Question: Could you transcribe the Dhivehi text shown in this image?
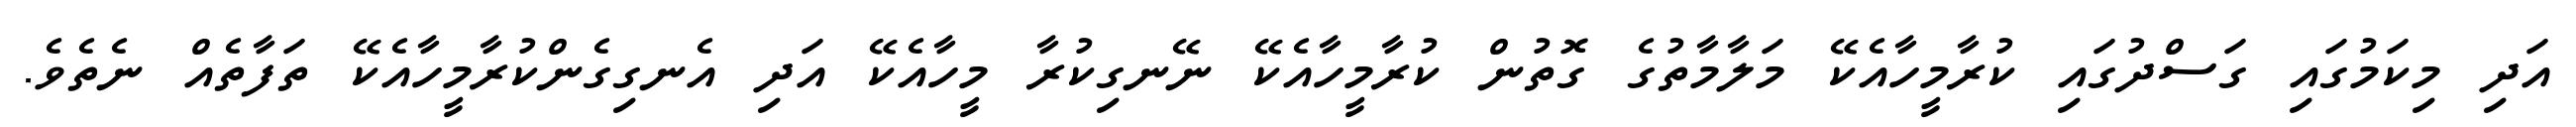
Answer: އަދި މިކަމުގައި ގަސްދުގައި ކުރާމީހާއެކޭ މަލާމާތުގެ ގޮތުން ކުރާމީހާއެކޭ ނޭނގިކުރާ މީހާއެކޭ އަދި އެނގިގެންކުރާމީހާއެކޭ ތަފާތެއް ނެތެވެ.